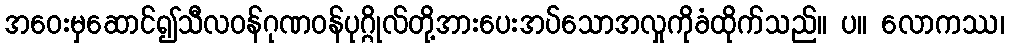
အဝေးမှဆောင်၍သီလဝန်ဂုဏဝန်ပုဂ္ဂိုလ်တို့အားပေးအပ်သောအလှုကိုခံထိုက်သည်။ ပ။ လောကဿ၊